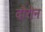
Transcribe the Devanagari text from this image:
दौरीन